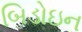
બિડોઇન